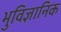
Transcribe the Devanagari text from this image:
भुविज्ञानिक